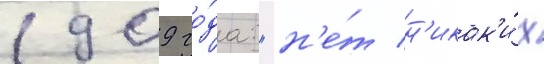
1909 го́да: "н'е́т н'икак'и́х